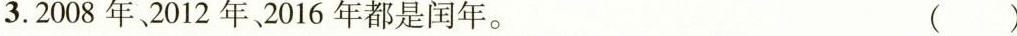
3. 2008年、2012 年、2016 年都是闻年。 （）